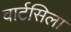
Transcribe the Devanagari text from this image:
वार्टसिला